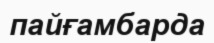
пайғамбарда